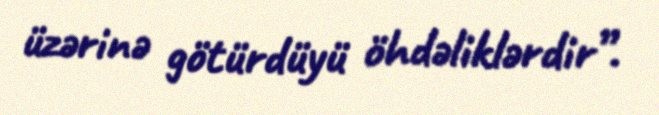
üzərinə götürdüyü öhdəliklərdir”.